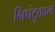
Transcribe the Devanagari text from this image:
निघंटुकाल